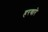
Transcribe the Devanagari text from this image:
हरणारे